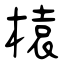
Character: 榬